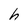
Character: h